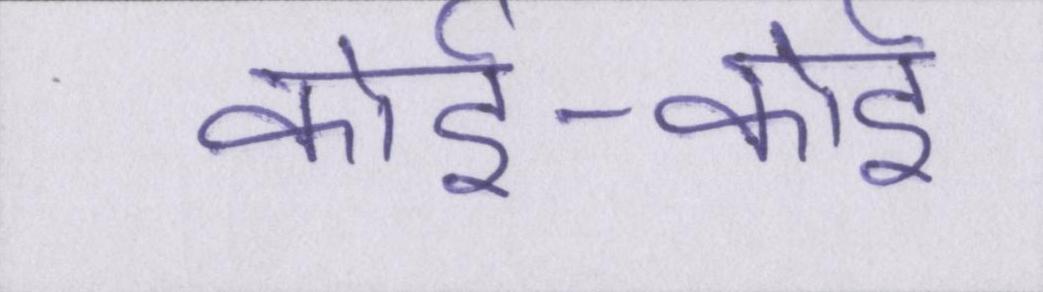
कोई-कोई